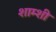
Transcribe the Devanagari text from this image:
शाम्शी